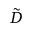
\tilde { D }